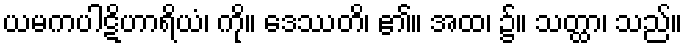
ယမကပါဋိဟာရိယံ၊ ကို။ ဒေဿတိ၊ ၏။ အထ၊ ၌။ သတ္ထာ၊ သည်။